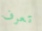
تعرف